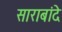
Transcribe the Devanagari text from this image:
साराबांदे